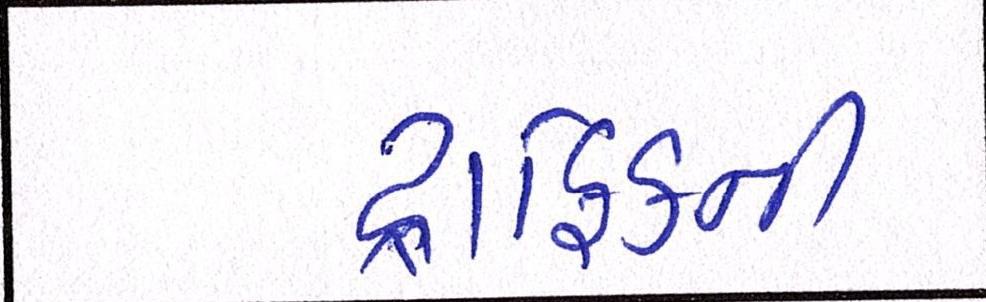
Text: ટ્રાફિકની